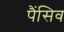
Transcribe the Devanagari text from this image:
पैंसिव